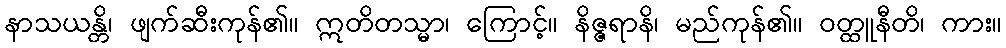
နာသယန္တိ၊ ဖျက်ဆီးကုန်၏။ ဣတိတသ္မာ၊ ကြောင့်။ နိဇ္ဇရာနိ၊ မည်ကုန်၏။ ဝတ္ထူနီတိ၊ ကား။